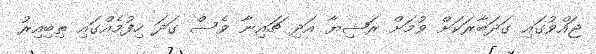
ޖައްވުގައި ގަދަބާރަކަށް ވުމަށް ރަޝިޔާ އަދި ޗައިނާ ވެސް ގަދަ ހިފުމެއްގައި ތިބިއިރު